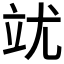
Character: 𮵥